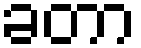
ခတာ